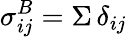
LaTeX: \sigma_{ij}^{B}=\Sigma\, \delta_{ij}